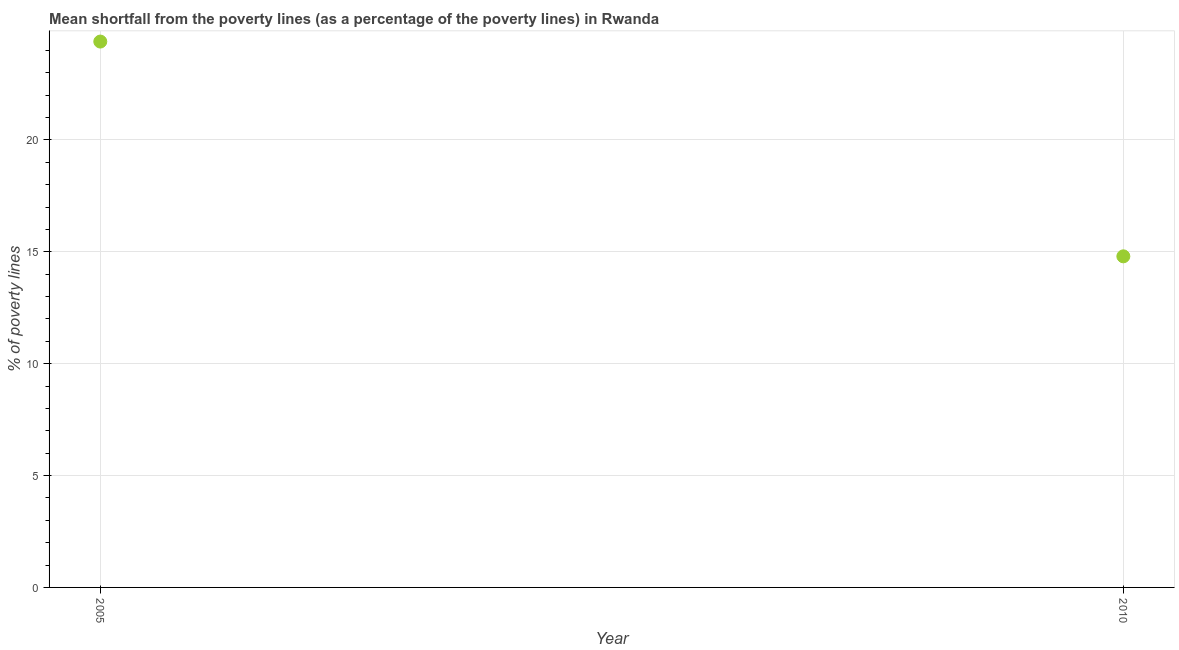
| Year | Poverty gap at national poverty lines |
 | --- | --- |
 | 2005 | 24.4 |
 | 2010 | 14.8 |